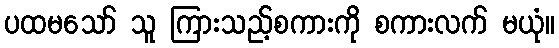
ပထမသော် သူ ကြားသည့်စကားကို စကားလက် မယုံ။